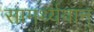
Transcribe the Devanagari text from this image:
सामर्थ्यवान्